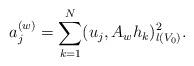
LaTeX: \begin{align*}a_j^{(w)}=\sum_{k=1}^N (u_j,A_w h_k)_{l(V_0)}^2.\end{align*}